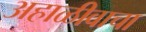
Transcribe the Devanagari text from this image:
अहाळीवाचा